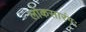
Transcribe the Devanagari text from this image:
लोकसारंगः